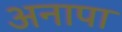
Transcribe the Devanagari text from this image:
अनापा